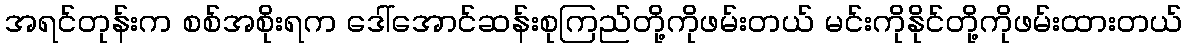
အရင်တုန်းက စစ်အစိုးရက ဒေါ်အောင်ဆန်းစုကြည်တို့ကိုဖမ်းတယ် မင်းကိုနိုင်တို့ကိုဖမ်းထားတယ်